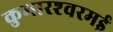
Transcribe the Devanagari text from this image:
कुमारश्‍वरमई